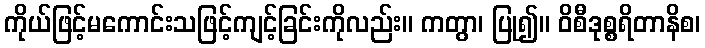
ကိုယ်ဖြင့်မကောင်းသဖြင့်ကျင့်ခြင်းကိုလည်း။ ကတွာ၊ ပြု၍။ ဝိစီဒုစ္စရိတာနိစ၊